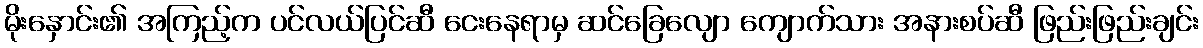
မိုးနှောင်း၏ အကြည့်က ပင်လယ်ပြင်ဆီ ငေးနေရာမှ ဆင်ခြေလျော ကျောက်သား အနားစပ်ဆီ ဖြည်းဖြည်းချင်း